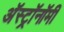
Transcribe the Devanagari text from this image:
अॅस्ट्रॉनॉमी